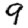
Digit: 9